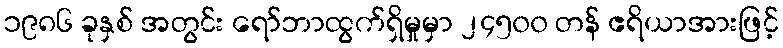
၁၉၈၆ ခုနှစ် အတွင်း ရော်ဘာထွက်ရှိမှုမှာ ၂၄၅၀၀ တန် ဧရိယာအားဖြင့်